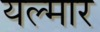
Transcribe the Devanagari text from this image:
यल्मार